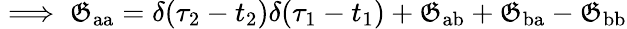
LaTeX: \implies\mathfrak{G}_{\mathrm{{aa}}}=\delta(\tau_{2}-t_{2})\delta(\tau_{1}-t_{1})+\mathfrak{G}_{\mathrm{{ab}}}+\mathfrak{G}_{\mathrm{{ba}}}-\mathfrak{G}_{\mathrm{{bb}}}